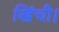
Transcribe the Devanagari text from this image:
खिंची।